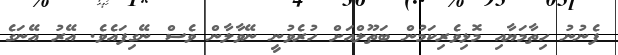
ފެނުނު ހިތާމަޔާއި މޮޅިވެރިކަމުން ބަތޫލްއަށް ހުރެވުނީ ނޭވާލާން ވެސް ނޭގިފައެވެ. އޭރު އޭނަގެ